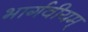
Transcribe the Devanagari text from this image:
भार्गवीयम्